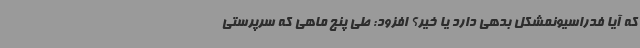
که آیا فدراسیونمشکل بدهی دارد یا خیر؟ افزود: طی پنج ماهی که سرپرستی